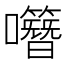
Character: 𡅎